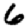
Digit: 6